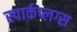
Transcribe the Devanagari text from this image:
स्पार्कप्लग्स